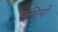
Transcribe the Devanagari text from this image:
फक्ट्रियो